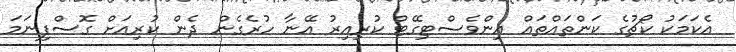
އެކަމަކު ކޯޗުގެ ކަންތައްތައް އިންވެސްޓިގޭޓް ކުރިއިރު އޭނާ ހުރެގެން ދެން ކުރިއަށް ގޮސްފިނަމަ